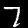
Label: 7